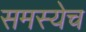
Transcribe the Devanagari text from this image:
समस्येच